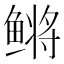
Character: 鳉